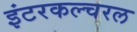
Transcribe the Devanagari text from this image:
इंटरकल्चरल